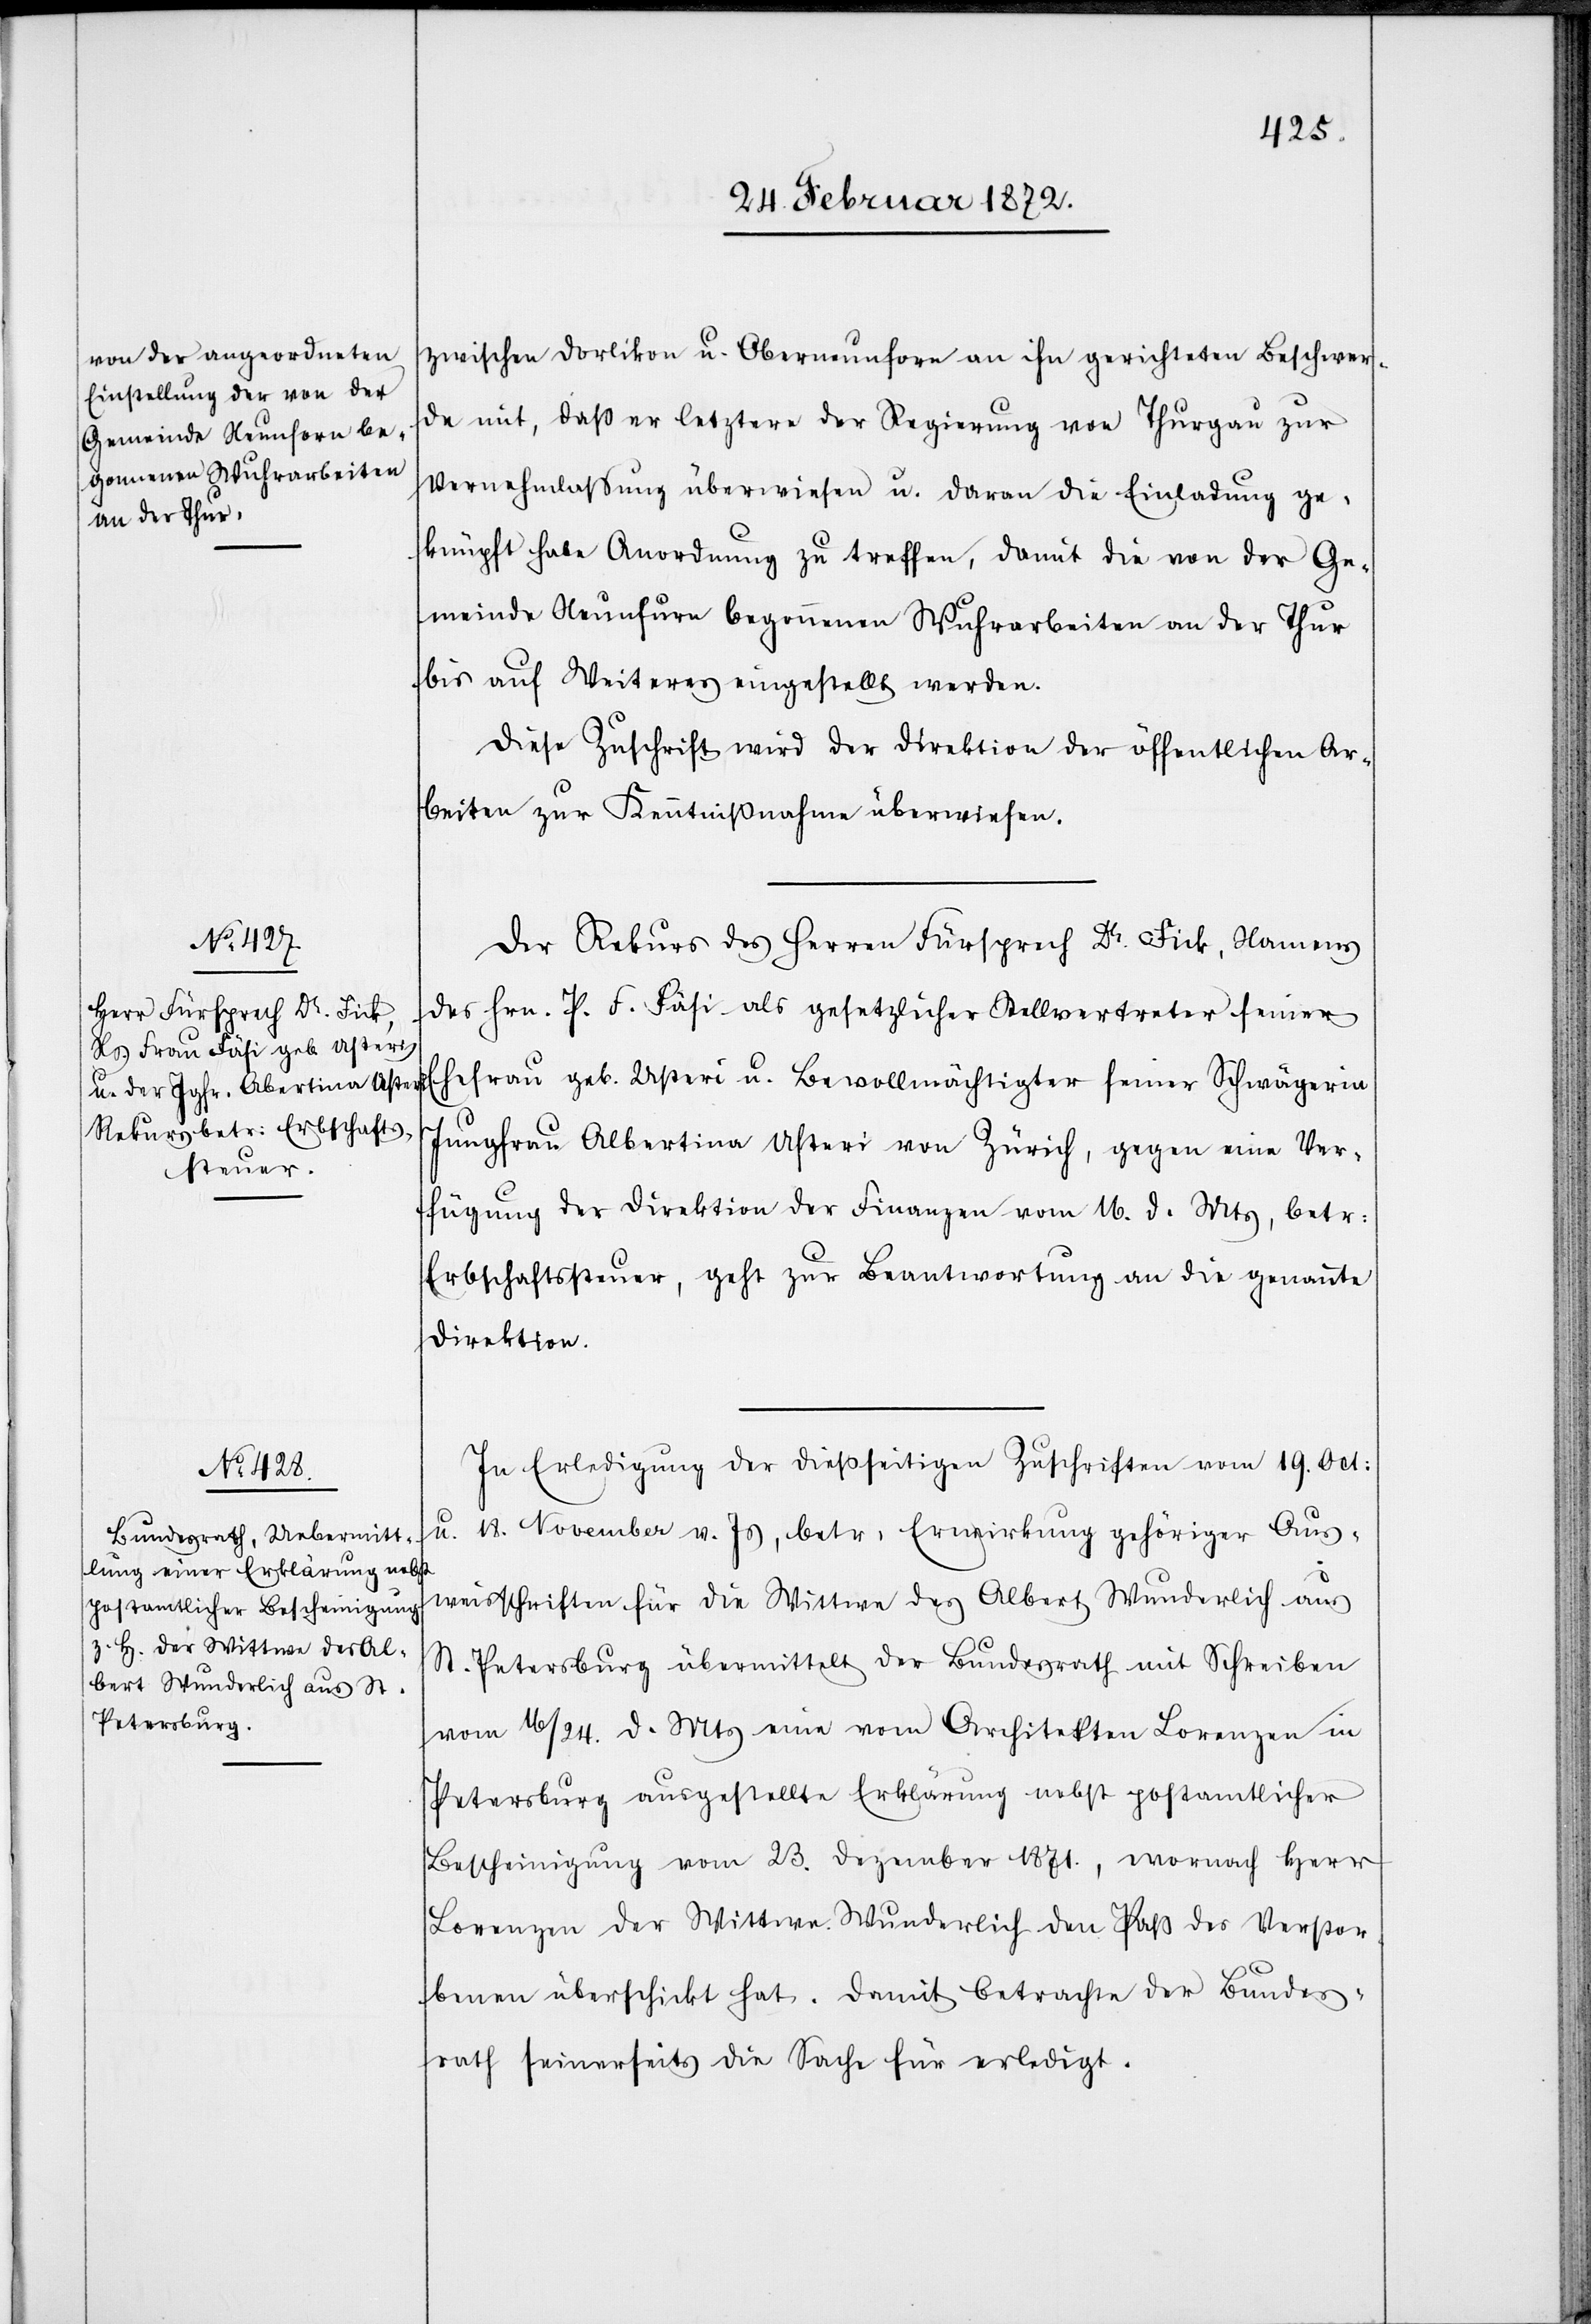
28. Februar 1872.]
zwischen Dorlikon u. Oberneunforn an ihn gerichteten Beschwer¬
de mit, daß er letztere der Regierung von Thurgau zur
Vernehmlassung überwiesen u. daran die Einladung ge¬
knüpft habe Anordnung zu treffen, damit die von der Ge¬
meinde Neunforn begonnenen Wurharbeiten an der Thur
bis auf Weiteres eingestellt werden.
Diese Zuschrift wird der Direktion der öffentlichen Ar¬
beiten zur Kenntnißnahme überwiesen.
Der Rekurs des Herren Fürsprech Dr. Fick, Namens
des Hrn. P. F. Fäsi als gesetzlicher Stellvertreter seiner
Ehefrau geb. Usteri u. Bevollmächtigter seiner Schwägerin
Jungfrau Albertina Usteri von Zürich, gegen eine Ver¬
fügung der Direktion der Finanzen vom 16. d. Mts, betr.
Erbschaftssteuer, geht zur Beantwortung an die genannte
Direktion.
In Erledigung der dießseitigen Zuschriften vom 19. Oct.
u.
18. November v. Js, betr. Erwirkung gehöriger Aus¬
weisschriften für die Wittwe des Albert Wunderlich aus
St. Petersburg übermittelt der Bundesrath mit Schreiben
vom 16/24. d. Mts eine vom Architekten Lorenzen in
Petersburg ausgestellte Erklärung nebst postamtlicher
Bescheinigung vom 23. Dezember 1872., wonach Herr
Lorenzen der Wittwe Wunderlich den Paß des Verstor¬
benen überschickt hat. Damit betrachte der Bundes¬
rath seinerseits die Sache für erledigt.